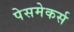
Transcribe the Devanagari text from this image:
पेसमेकर्स